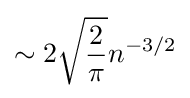
\sim 2{\sqrt {\frac {2}{\pi }}}n^{-3/2}